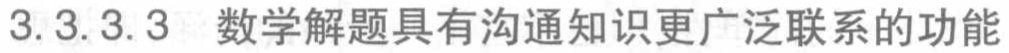
3.3.3.3 数学解题具有沟通知识更广泛联系的功能